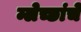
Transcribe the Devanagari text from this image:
म्लेच्छांचें